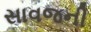
સાવજની